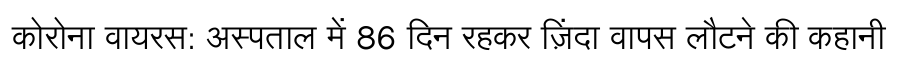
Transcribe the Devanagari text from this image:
कोरोना वायरस: अस्पताल में 86 दिन रहकर ज़िंदा वापस लौटने की कहानी